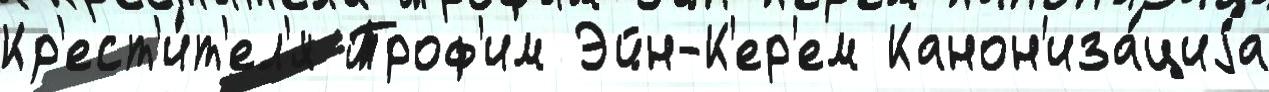
Кр'ест'и́т'ел'я Троф'им Эйн-К'ер'ем Канон'иза́циjа